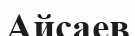
Айсаев